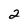
Character: 2